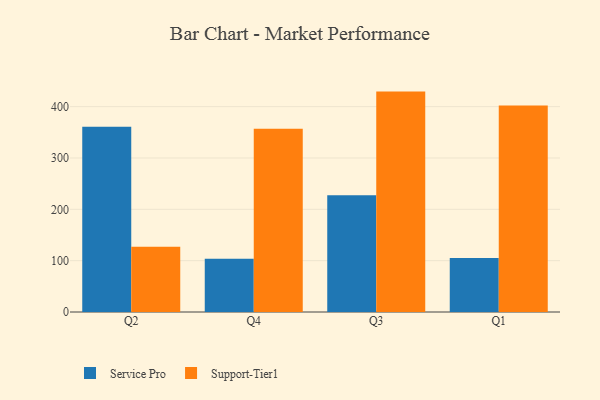
{"axis": {"x": "Quarter", "y": "Temperature (°C)"}, "legend": ["Service Pro", "Support-Tier1"], "data": [{"x": "Q2", "y": 360.9, "type": "Service Pro"}, {"x": "Q2", "y": 126.9, "type": "Support-Tier1"}, {"x": "Q4", "y": 103.7, "type": "Service Pro"}, {"x": "Q4", "y": 356.8, "type": "Support-Tier1"}, {"x": "Q3", "y": 227.2, "type": "Service Pro"}, {"x": "Q3", "y": 429.3, "type": "Support-Tier1"}, {"x": "Q1", "y": 105.2, "type": "Service Pro"}, {"x": "Q1", "y": 402.1, "type": "Support-Tier1"}]}